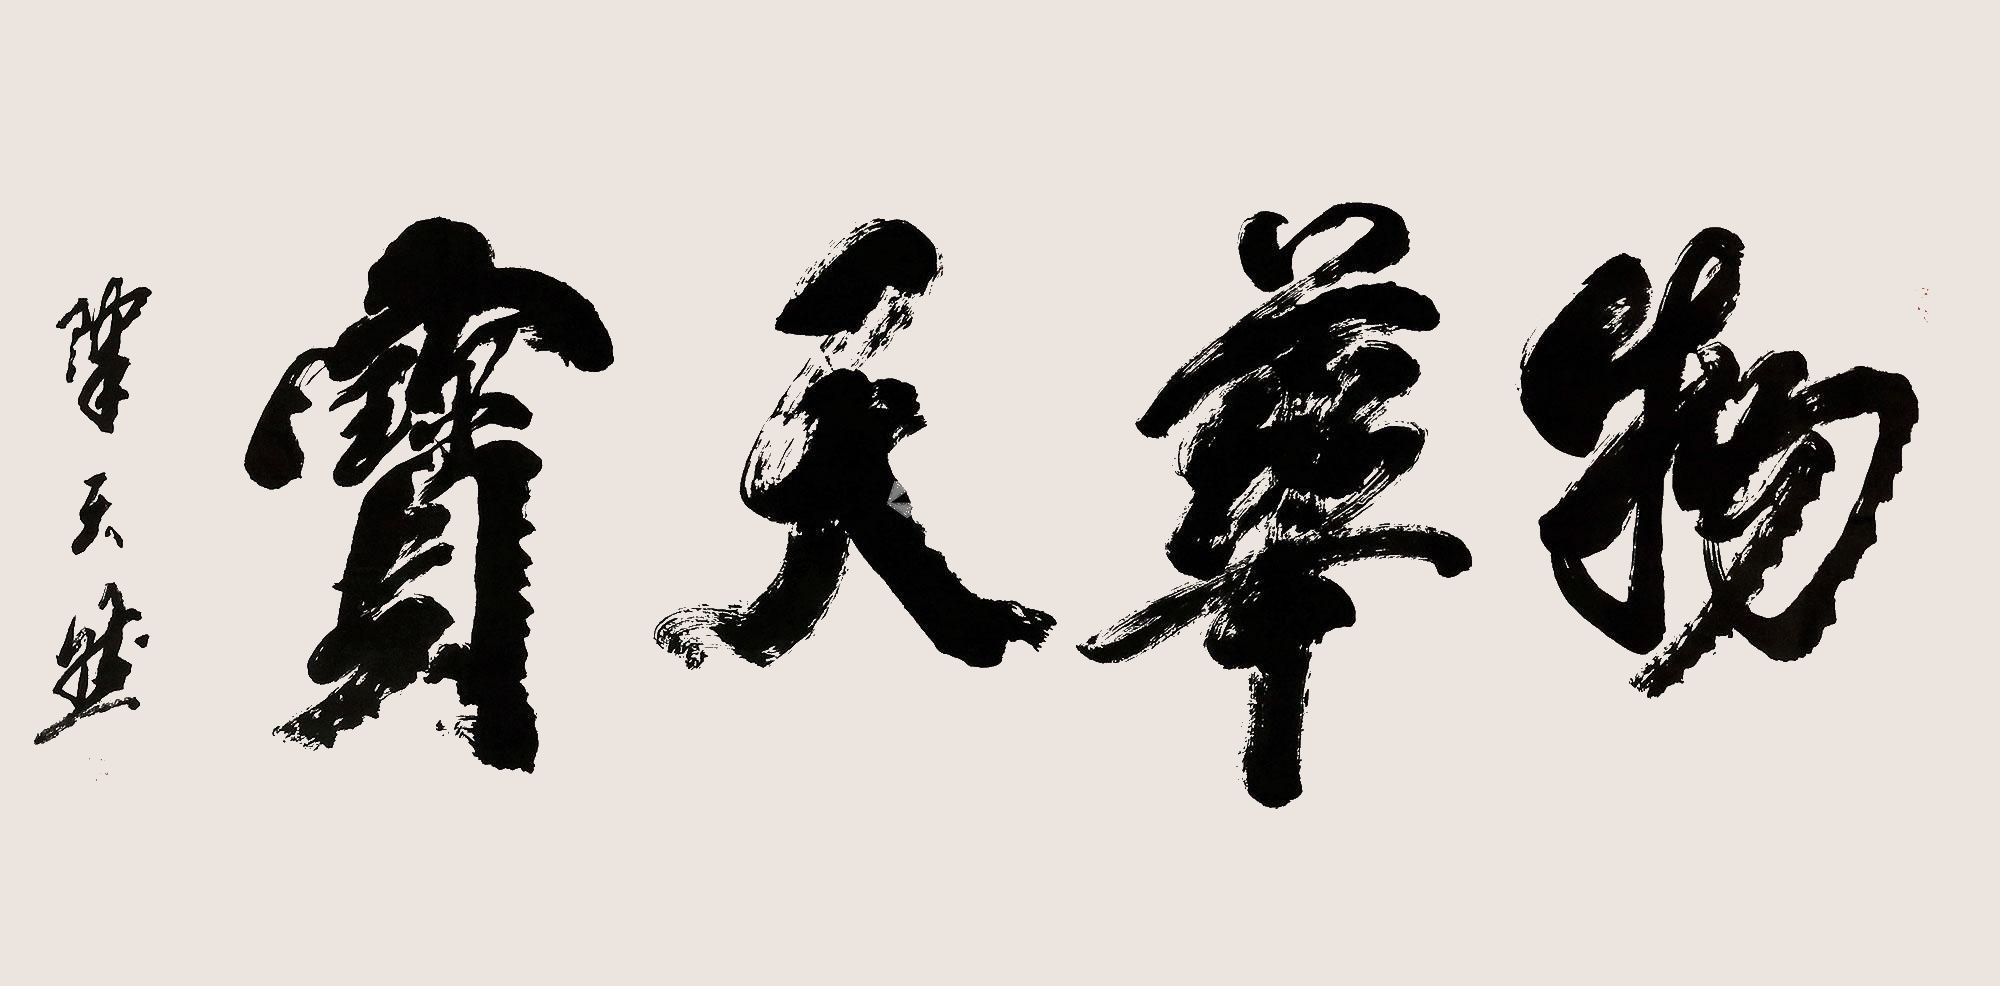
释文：物华天宝陈天然